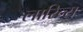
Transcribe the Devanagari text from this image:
लारिन्स